Annual administration report of the Civil Veterinary Department of India - 1896-1897
Year: 1896
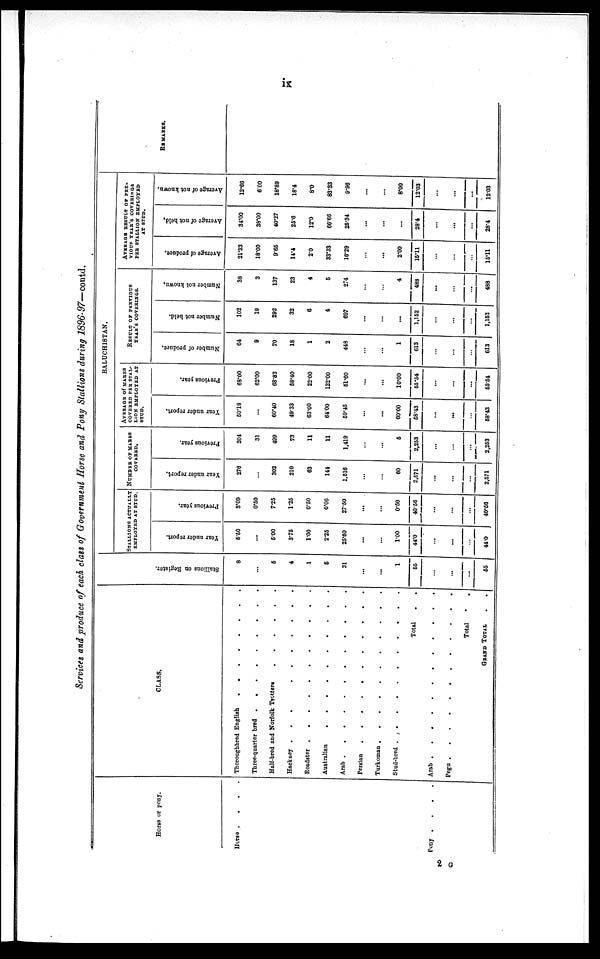
ix
Services and produce of each class of Government Horse and Pony Stallions during 1896-97— contd.
Horse or pony.
Horse
. . . .
Pony .
.
.
.
CLASS.
Thoroughbred English . . . . . . . .
Three-quarter bred . . . . . . . .
Half-bred and Norfolk
Tretters
.
.
.
.
.
Hackney .
.
.
.
.
.
.
.
.
Roadster . . . . . . . . .
Australian . . . . . . . . .
Arab . . . . . . . . .
Persian . . . . . . . . .
Turkoman .
.
.
.
.
.
.
.
.
.
Stud-bred . . . . . . . . . . .
Total . .
Arab .
.
.
.
.
. . . . .
Pegu
.
.
.
.
.
.
.
.
.
Total . .
GRAND TOTAL . .
St al l
i
ons on Regi s t
er .
8
...
5
4
1
5
31
...
...
1
55
...
...
...
55
BALUCHISTAN.
STALLIONS ACTUALLY
EMPLOYED AT STUD.
Year under report.
5.50
...
5.00
3.75
1.00
2.25
25.50
...
...
1.00
44.0
...
...
...
44.0
Previous year.
3.09
0.50
7.25
1.25
0.50
0.06
27.50
...
...
0.50
40.56
...
...
...
40.56
NUMBER OF MARES
COVERED.
Year under report.
276
...
302
210
63
144
1,516
...
...
60
2,671
...
...
...
2.571
Previous year.
204
31
499
73
11
11
1,419
...
...
5
2,253
...
...
...
2,253
AVERAGE OF MARES
COVERED PER STAL-
LION EMPLOYED AT
STUD.
Year under report.
50.18
...
60.40
49.33
63.00
64.00
59.45
...
...
60.00
58.43
...
...
...
58.43
Previous year.
68.00
62.00
68.82
58.40
22.00
122.00
51.60
...
...
10.00
55.54
...
...
...
55.54
RESULT OF PREVIOUS
YEAR'S COVERINGS.
Number of produce.
64
9
70
18
1
2
448
...
...
1
613
...
...
...
613
Number not held.
102
19
292
32
6
4
697
...
...
...
1,152
...
...
...
1,153
Number not known.
38
3
137
23
4
5
274
...
...
4
488
...
...
...
488
AVERAGE RESULT OF PRE-
VIOUS YEAR'S COVERINGS
PER STALLION EMPLOYED
Average of produce.
21.33
18.00
9.65
14.4
2.0
33.33
16.29
...
...
2.00
15.11
...
...
...
15.11
Average of not held.
34.00
38.00
40.27
25.6
12.0
66.66
25.34
...
...
...
28.4
...
...
...
28.4
Average of not known.
12.66
6.00
18.89
18.4
8.0
83.33
9.96
...
...
8.00
12.03
...
...
...
12.03
REMARKS.
2 G